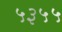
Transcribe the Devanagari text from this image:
५३५५